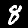
Label: 8